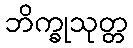
ဘိက္ခုသုတ္တ